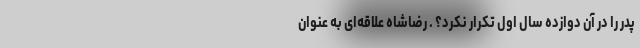
پدر را در آن دوازده سال اول تکرار نکرد؟ . رضا‌شاه علاقه‌ای به عنوان